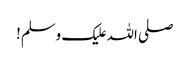
صلی اللہ علیک وسلم!